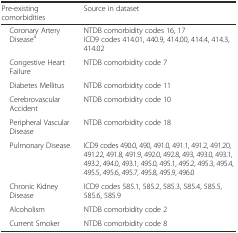
<table><thead><tr><td><b>Pre-existing comorbidities</b></td><td><b>Source in dataset</b></td></tr></thead><tbody><tr><td> Coronary Artery Disease<sup>a</sup></td><td>NTDB comorbidity codes 16, 17ICD9 codes 414.01, 440.9, 414.00, 414.4, 414.3, 414.02</td></tr><tr><td> Congestive Heart Failure</td><td>NTDB comorbidity code 7</td></tr><tr><td> Diabetes Mellitus</td><td>NTDB comorbidity code 11</td></tr><tr><td> Cerebrovascular Accident</td><td>NTDB comorbidity code 10</td></tr><tr><td> Peripheral Vascular Disease</td><td>NTDB comorbidity code 18</td></tr><tr><td> Pulmonary Disease</td><td>ICD9 codes 490.0, 490, 491.0, 491.1, 491.2, 491.20, 491.22, 491.8, 491.9, 492.0, 492.8, 493, 493.0, 493.1, 493.2, 494.0, 493.1, 495.0, 495.1, 495.2, 495.3, 495.4, 495.5, 495.6, 495.7, 495.8, 495.9, 496.0</td></tr><tr><td> Chronic Kidney Disease</td><td>ICD9 codes 585.1, 585.2, 585.3, 585.4, 585.5, 585.6, 585.9</td></tr><tr><td> Alcoholism</td><td>NTDB comorbidity code 2</td></tr><tr><td> Current Smoker</td><td>NTDB comorbidity code 8</td></tr></tbody></table>